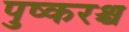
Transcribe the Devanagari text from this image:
पुष्करश्च